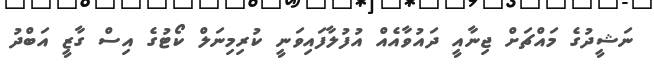
ނަޝީދުގެ މައްޗަށް ޖިނާއީ ދައުވާއެއް އުފުލާފައިވަނީ ކުރިމިނަލް ކޯޓުގެ އިސް ގާޒީ އަބްދު